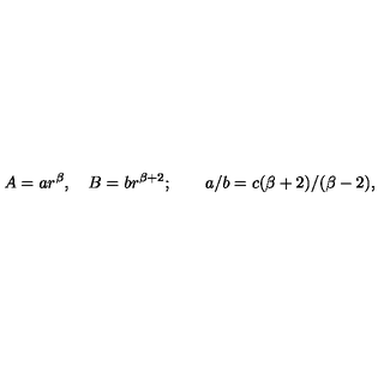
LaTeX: A = a r ^ { \beta } , \quad B = b r ^ { \beta + 2 } ; \qquad a / b = c ( \beta + 2 ) / ( \beta - 2 ) ,